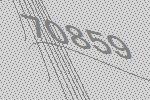
70859